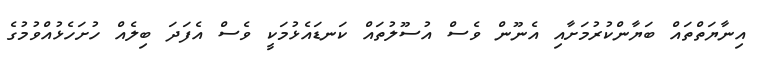
އިނާޔަތްތައް ބަޔާންކުރުމަށާއި އެނޫން ވެސް އުސޫލުތައް ކަނޑައެޅުމަކީ ވެސް އެފަދަ ބިލެއް ހުށަހެޅުއްވުމުގެ